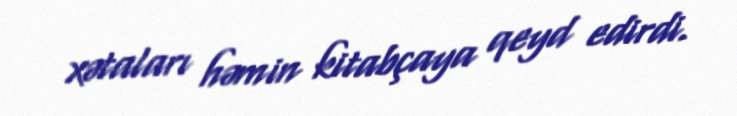
xətaları həmin kitabçaya qeyd edirdi.